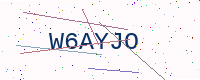
Text: W6AYJO